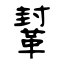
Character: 鞤